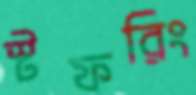
স্টফরিং